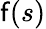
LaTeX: \mathsf{f}(s)